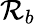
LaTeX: \mathcal{R}_{b}